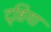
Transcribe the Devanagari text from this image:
दृष्टिया